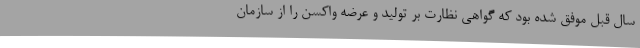
سال قبل موفق شده بود که گواهی نظارت بر تولید و عرضه واکسن را از سازمان